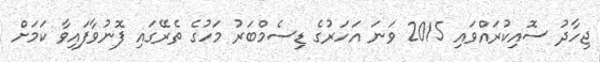
ޖިހާދު ސޮއިކުރައްވައި 2015 ވަނަ އަހަރުގެ ޑިސެމްބަރު މަހުގެ ތެރޭގައި ފޮނުވާފައިވާ ކަމަށް